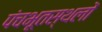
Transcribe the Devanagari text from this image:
पंचभूतस्थलों